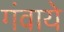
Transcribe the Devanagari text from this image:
गंवाये